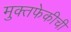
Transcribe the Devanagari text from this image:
मुक्तफेकीची